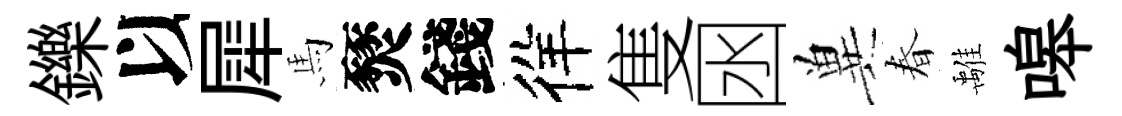
鑠以犀馬燹錢徉隻囦兾春𩀌嗥